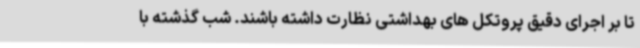
تا بر اجرای دقیق پروتکل های بهداشتی نظارت داشته باشند. شب گذشته با